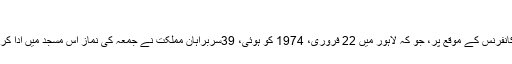
خاص واقعات
دوسری اسلامی سربراہی کانفرنس کے موقع پر، جو کہ لاہور میں 22 فروری، 1974 کو ہوئی، 39سربراہان مملکت نے جمعہ کی نماز اس مسجد میں ادا کرنے کی سعادت حاصل کی۔